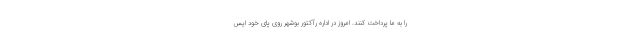
را به ما پرداخت کنند. امروز در اداره رآکتور بوشهر روی پای خود ایس